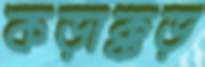
কড়াক্কড়